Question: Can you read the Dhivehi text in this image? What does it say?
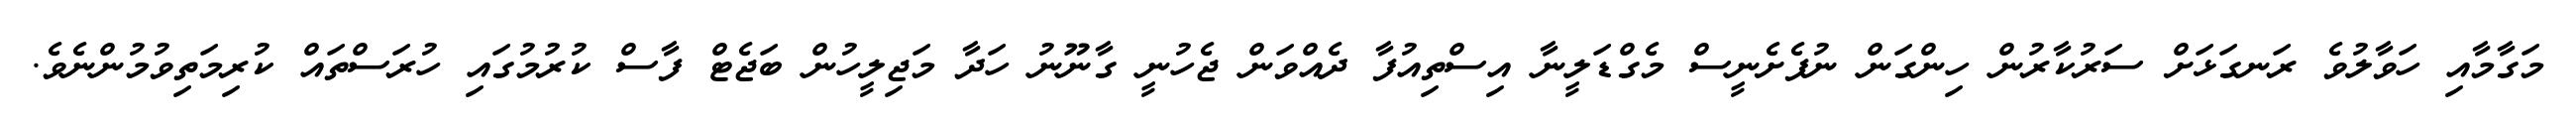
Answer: މަގާމާއި ހަވާލުވެ ރަނގަޅަށް ސަރުކާރުން ހިންގަން ނުފެށެނީސް މެގްޑަލީނާ އިސްތިއުފާ ދެއްވަން ޖެހުނީ ގާނޫނު ހަދާ މަޖިލީހުން ބަޖެޓް ފާސް ކުރުމުގައި ހުރަސްތައް ކުރިމަތިވުމުންނެވެ.